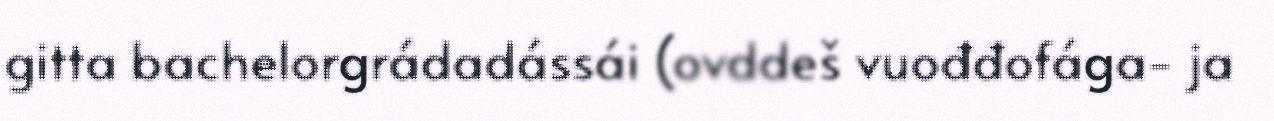
gitta bachelorgrádadássái (ovddeš vuođđofága- ja